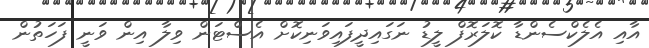
އާއި އެލެކްސެންޑާ ކޮލަރޮފް ލީޑު ނަގައިދީފައިވަނިކޮށް އެސްޓަން ވިލާ އިން ވަނީ ފަހަތުން